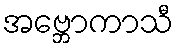
အဗ္ဘောကာသီ